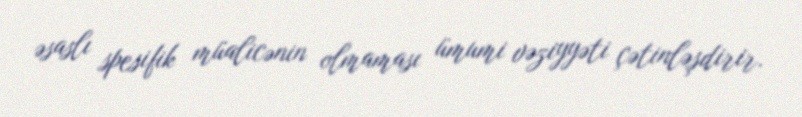
əsaslı spesifik müalicənin olmaması ümumi vəziyyəti çətinləşdirir.